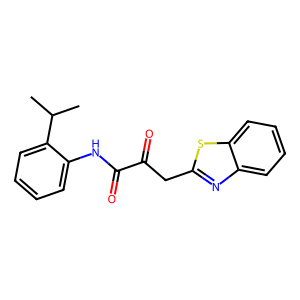
SMILES: CC(C)c1ccccc1NC(=O)C(=O)Cc1nc2ccccc2s1
Inhibits HIV replication: No